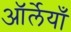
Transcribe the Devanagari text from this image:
ऑर्लेयाँ